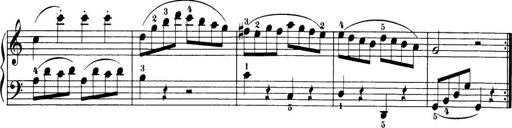
Title: 32 Sonatinas and Rondos for the Piano
Composer: Richard Kleinmichel